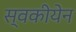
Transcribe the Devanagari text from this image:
स्वकीयेन